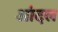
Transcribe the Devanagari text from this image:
आंदल